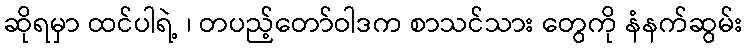
ဆိုရမှာ ထင်ပါရဲ့ ၊ တပည့်တော်ဝါဒက စာသင်သား တွေကို နံနက်ဆွမ်း